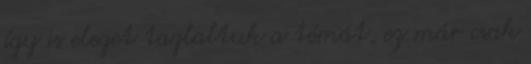
így is eleget taglaltuk a témát, ez már csak